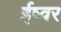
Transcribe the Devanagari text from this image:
ईष्वर